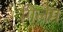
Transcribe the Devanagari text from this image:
गिलेम